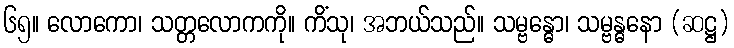
၆၅။ လောကော၊ သတ္တလောကကို။ ကိံသု၊ အဘယ်သည်။ သမ္ဗန္ဓော၊ သမ္ဗန္ဓနော (ဆဋ္ဌ)